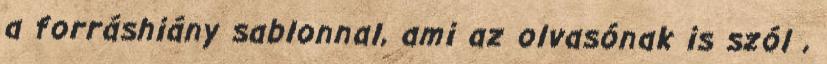
a forráshiány sablonnal, ami az olvasónak is szól ,